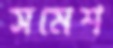
সমেশ